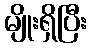
မျိုးရှိပြီး